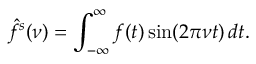
{ \hat { f } } ^ { s } ( \nu ) = \int _ { - \infty } ^ { \infty } f ( t ) \sin ( 2 \pi \nu t ) \, d t .